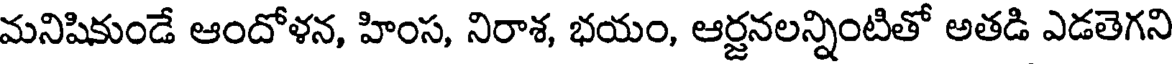
మనిషికుండే ఆందోళన, హింస, నిరాశ, భయం, ఆర్జనలన్నింటితో అతడి ఎడతెగని